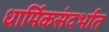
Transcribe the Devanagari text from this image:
धार्मिकसंदर्भात